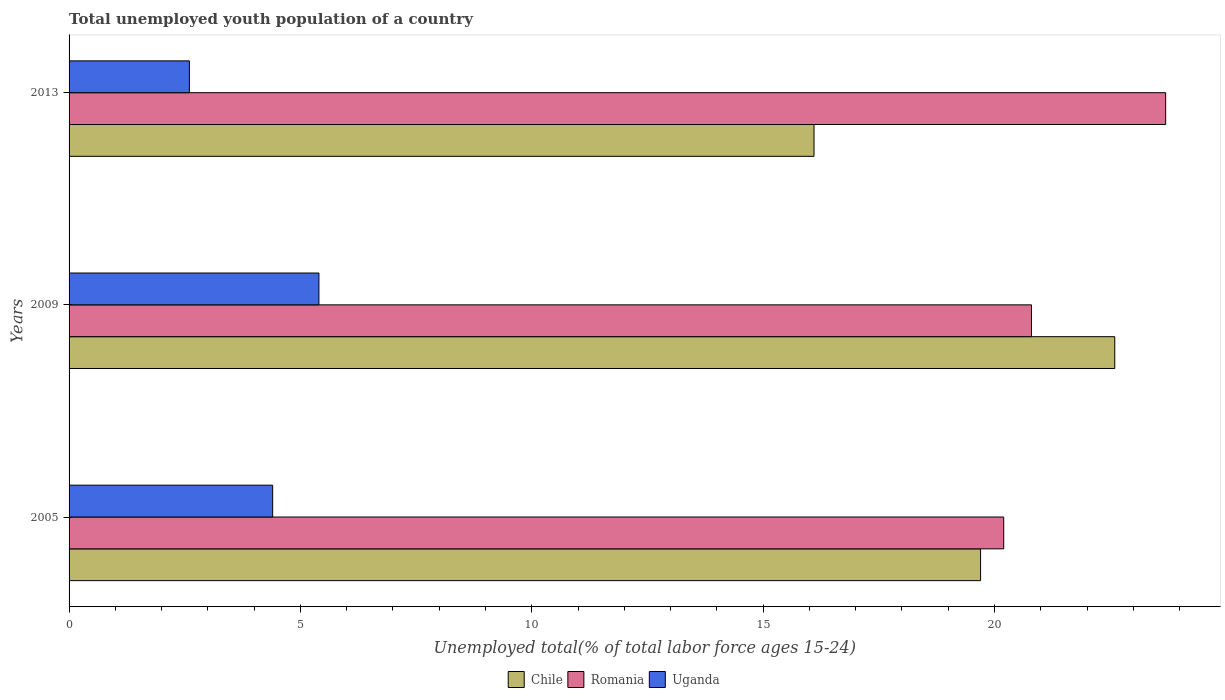
| Years | Chile | Romania | Uganda |
 | --- | --- | --- | --- |
 | 2005 | 19.7 | 20.2 | 4.4 |
 | 2009 | 22.6 | 20.8 | 5.4 |
 | 2013 | 16.1 | 23.7 | 2.6 |